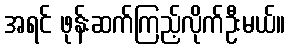
အရင် ဖုန်းဆက်ကြည့်လိုက်ဦးမယ်။